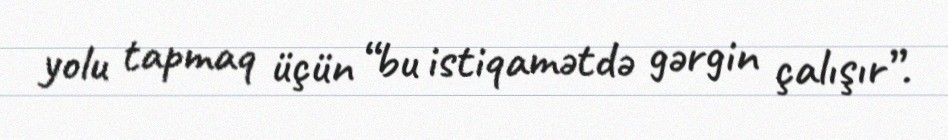
yolu tapmaq üçün “bu istiqamətdə gərgin çalışır”.